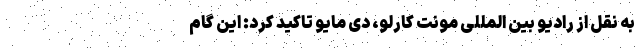
به نقل از رادیو بین المللی مونت کارلو، دی مایو تاکید کرد: این گام